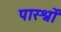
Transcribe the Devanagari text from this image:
पारर्श्वों